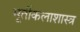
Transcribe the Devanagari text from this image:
मूर्तीकलाशास्त्र